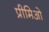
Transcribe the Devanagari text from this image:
प्रीमिओ